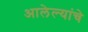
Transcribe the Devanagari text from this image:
आलेल्यांचे